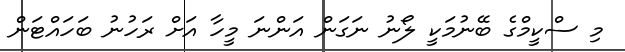
މި ސްކީމްގެ ބޭނުމަކީ ލޯނު ނަގަން އަންނަ މީހާ އަށް ރަހުނު ބަހައްޓަން